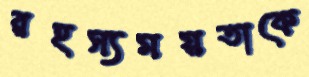
রহস্যময়তাকে